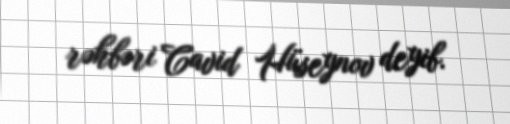
rəhbəri Cavid Hüseynov deyib.